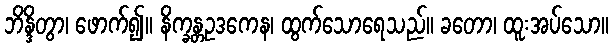
ဘိန္ဒိတွာ၊ ဖောက်၍။ နိက္ခန္တဥဒကေန၊ ထွက်သောရေသည်။ ခတော၊ ထူးအပ်သော။